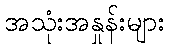
အသုံးအနှုန်းများ